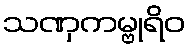
သဏှကမ္ဗုရိဝ